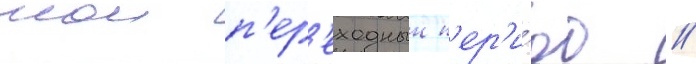
мои п'ер'еходныи п'ер'и́од //